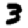
Digit: 3